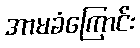
အာမခံကြောင်း